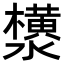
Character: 𬉟